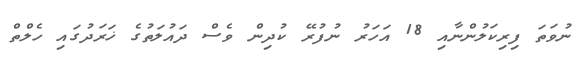
ނުވަތަ ފިރިކަލުންނާއި 18 އަހަރު ނުފުރޭ ކުދިން ވެސް ދައުލަތުގެ ޚަރަދުގައި ހެލްތް